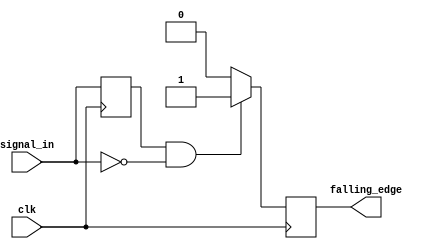
module falling_edge_detector (
    input wire clk,              // Clock input
    input wire signal_in,        // Input signal to detect falling edge
    output reg falling_edge      // Output signal indicating falling edge
);

    reg previous_state;          // Internal register to hold previous state

    // Always block triggered on the rising edge of the clock
    always @(posedge clk) begin
        // Compare current state with previous state
        if (previous_state == 1'b1 && signal_in == 1'b0) begin
            falling_edge <= 1'b1; // Falling edge detected
        end else begin
            falling_edge <= 1'b0; // No falling edge
        end
        
        // Update previous state for the next clock cycle
        previous_state <= signal_in;
    end

endmodule